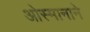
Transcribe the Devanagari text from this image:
ओस्मानाने